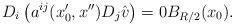
LaTeX: \begin{align*}D_i \left(a^{ij}(x_0',x'')D_{j}\hat v\right)=0B_{R/2}(x_0).\end{align*}